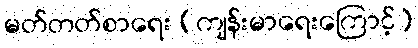
မတ်တတ်စာရေး (ကျန်းမာရေးကြောင့်)